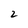
Character: 2